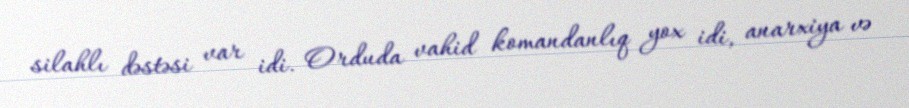
silahlı dəstəsi var idi. Orduda vahid komandanlıq yox idi, anarxiya və